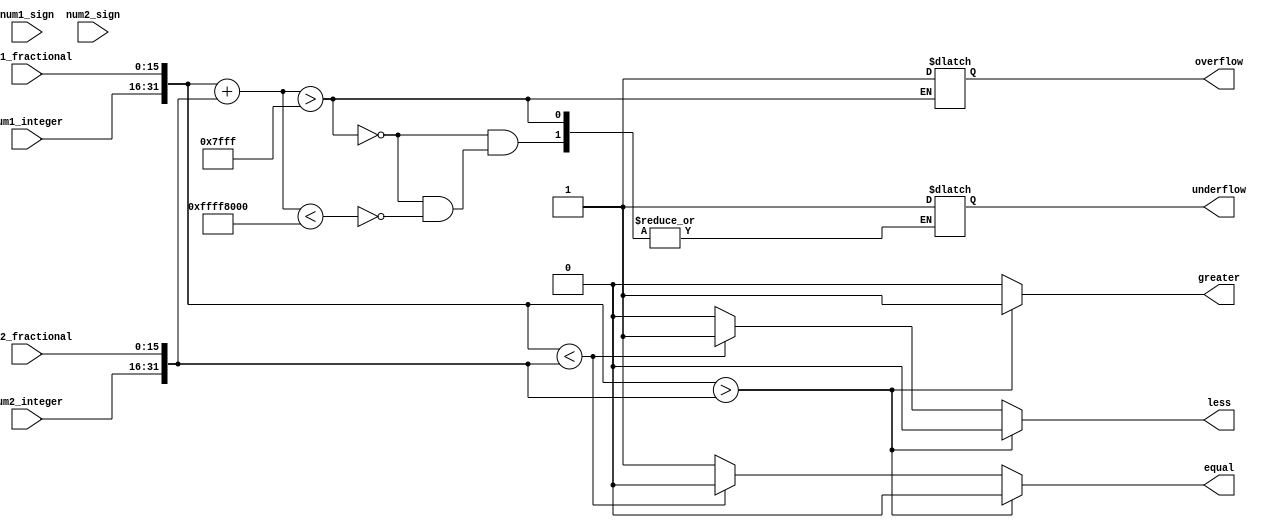
module FixedPoint_Comparator (
    input wire signed [7:0] num1_sign,
    input wire [15:0] num1_integer,
    input wire [15:0] num1_fractional,
    input wire signed [7:0] num2_sign,
    input wire [15:0] num2_integer,
    input wire [15:0] num2_fractional,
    output reg greater,
    output reg less,
    output reg equal,
    output reg overflow,
    output reg underflow
);

reg [31:0] num1;
reg [31:0] num2;

always @ (num1_sign or num1_integer or num1_fractional) begin
    if(num1_sign) begin
        num1 = {32'd0, 1'b1, num1_integer, num1_fractional}; // Negative number
    end else begin
        num1 = {32'd0, 1'b0, num1_integer, num1_fractional}; // Positive number
    end
end

always @ (num2_sign or num2_integer or num2_fractional) begin
    if(num2_sign) begin
        num2 = {32'd0, 1'b1, num2_integer, num2_fractional}; // Negative number
    end else begin
        num2 = {32'd0, 1'b0, num2_integer, num2_fractional}; // Positive number
    end
end

always @(*) begin
    if(num1 > num2) begin
        greater = 1;
        less = 0;
        equal = 0;
    end else if(num1 < num2) begin
        greater = 0;
        less = 1;
        equal = 0;
    end else begin
        greater = 0;
        less = 0;
        equal = 1;
    end
    
    if(num1 + num2 > 32'd32767) begin
        overflow = 1;
    end else if(num1 + num2 < -32'd32768) begin
        underflow = 1;
    end
end

endmodule